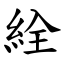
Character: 絟